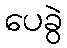
ပေခွဲ